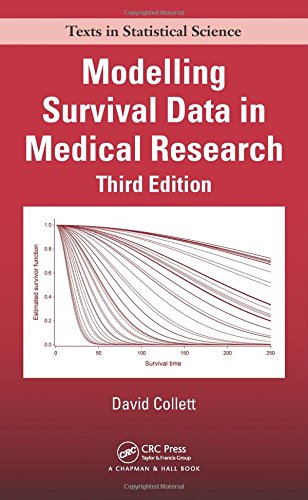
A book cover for Modelling Survival Data in Medical Research, Third Edition (Chapman & Hall/CRC Texts in Statistical Science); David Collett; Medical Books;